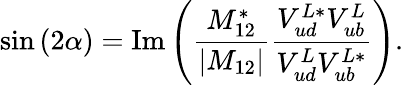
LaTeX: \sin{(2\alpha)}=\mathrm{Im}\left({\frac{M_{12}^{*}}{|M_{12}|}}{\frac{V_{ud}^{L*}V_{ub}^{L}}{V_{ud}^{L}V_{ub}^{L*}}}\right).